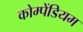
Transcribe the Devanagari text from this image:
कोम्पेंडियम